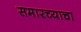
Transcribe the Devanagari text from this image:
समारच्याचा